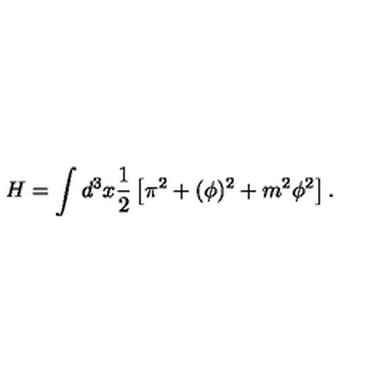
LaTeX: H = \int d ^ { 3 } x \frac 1 2 \left[ \pi ^ { 2 } + ( \phi ) ^ { 2 } + m ^ { 2 } \phi ^ { 2 } \right] .